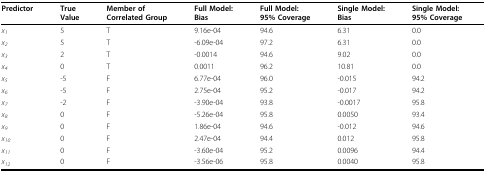
<table><thead><tr><td><b>Predictor</b></td><td><b>True Value</b></td><td><b>Member of Correlated Group</b></td><td><b>Full Model: Bias</b></td><td><b>Full Model: 95% Coverage</b></td><td><b>Single Model: Bias</b></td><td><b>Single Model: 95% Coverage</b></td></tr></thead><tbody><tr><td><i>x</i><sub><i>1</i></sub></td><td>5</td><td>T</td><td>9.16e-04</td><td>94.6</td><td>6.31</td><td>0.0</td></tr><tr><td><i>x</i><sub><i>2</i></sub></td><td>5</td><td>T</td><td>-6.09e-04</td><td>97.2</td><td>6.31</td><td>0.0</td></tr><tr><td><i>x</i><sub><i>3</i></sub></td><td>2</td><td>T</td><td>-0.0014</td><td>94.6</td><td>9.02</td><td>0.0</td></tr><tr><td><i>x</i><sub><i>4</i></sub></td><td>0</td><td>T</td><td>0.0011</td><td>96.2</td><td>10.81</td><td>0.0</td></tr><tr><td><i>x</i><sub><i>5</i></sub></td><td>-5</td><td>F</td><td>6.77e-04</td><td>96.0</td><td>-0.015</td><td>94.2</td></tr><tr><td><i>x</i><sub><i>6</i></sub></td><td>-5</td><td>F</td><td>2.75e-04</td><td>95.2</td><td>-0.017</td><td>94.2</td></tr><tr><td><i>x</i><sub><i>7</i></sub></td><td>-2</td><td>F</td><td>-3.90e-04</td><td>93.8</td><td>-0.0017</td><td>95.8</td></tr><tr><td><i>x</i><sub><i>8</i></sub></td><td>0</td><td>F</td><td>-5.26e-04</td><td>95.8</td><td>0.0050</td><td>93.4</td></tr><tr><td><i>x</i><sub><i>9</i></sub></td><td>0</td><td>F</td><td>1.86e-04</td><td>94.6</td><td>-0.012</td><td>94.6</td></tr><tr><td><i>x</i><sub><i>10</i></sub></td><td>0</td><td>F</td><td>2.47e-04</td><td>94.4</td><td>0.012</td><td>95.8</td></tr><tr><td><i>x</i><sub><i>11</i></sub></td><td>0</td><td>F</td><td>-3.60e-04</td><td>95.2</td><td>0.0096</td><td>94.4</td></tr><tr><td><i>x</i><sub><i>12</i></sub></td><td>0</td><td>F</td><td>-3.56e-06</td><td>95.8</td><td>0.0040</td><td>95.8</td></tr></tbody></table>